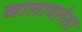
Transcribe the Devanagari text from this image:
खालावलेला